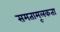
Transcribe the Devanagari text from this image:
समतामूलकता